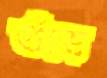
গুঁড়ে